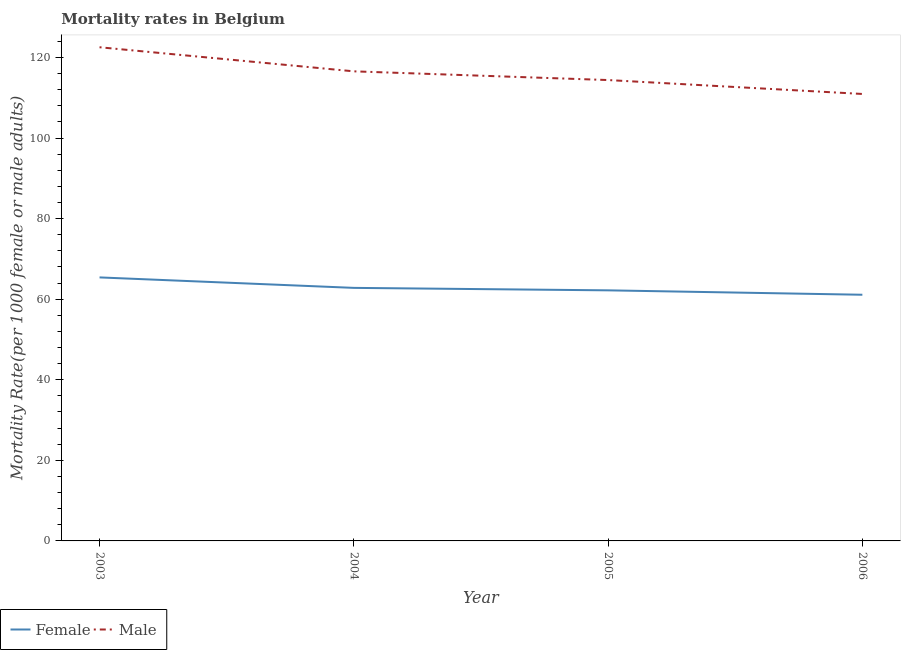
| Year | Female | Male |
 | --- | --- | --- |
 | 2003 | 65.4 | 123 |
 | 2004 | 62.8 | 117 |
 | 2005 | 62.2 | 114 |
 | 2006 | 61.1 | 111 |